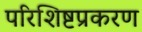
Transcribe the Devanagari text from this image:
परिशिष्टप्रकरण